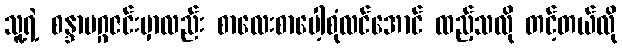
သူ့ရဲ့ စန္ဒာမဂ္ဂဇင်းမှာလည်း စာလေးစာပေါ့စုံလင်အောင် ထည့်သလို တင့်တယ်လို